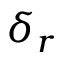
\delta _ { r }